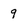
Character: 9